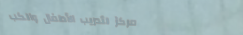
مركز لتدريب الأطفال والكب